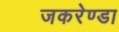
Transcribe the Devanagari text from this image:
जकरेण्डा